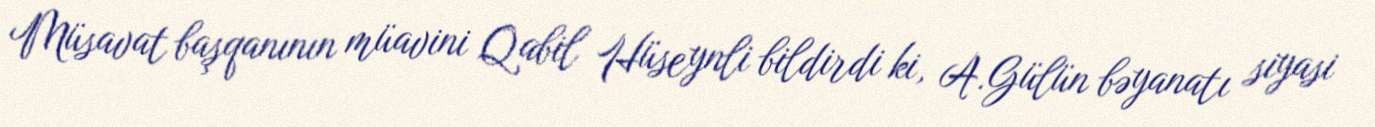
Müsavat başqanının müavini Qabil Hüseynli bildirdi ki, A.Gülün bəyanatı siyasi